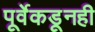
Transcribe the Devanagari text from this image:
पूर्वेकडूनही